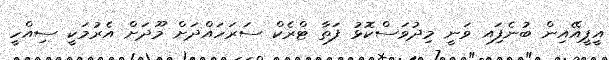
އީޕީއޭއިން ބުނެފަިއ ވަނީ މިދުވަސްކޮޅު ފަތާ ޓްރެކް ސަރަހައްދަށް މޫދަށް އެރުމަކީ ސިއްހީ